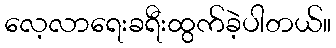
လေ့လာရေးခရီးထွက်ခဲ့ပါတယ်။